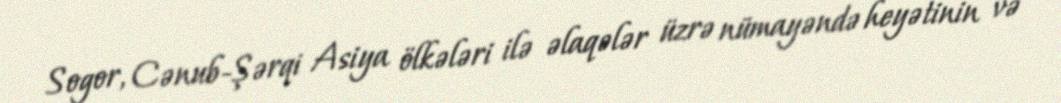
Sogor, Cənub-Şərqi Asiya ölkələri ilə əlaqələr üzrə nümayəndə heyətinin və